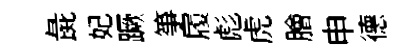
彘妃蹶筝履彪虎膾申德